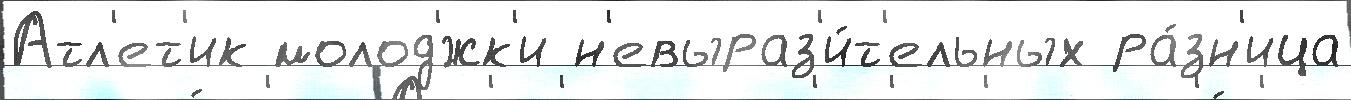
Атл'ет'ик молод'́жк'и н'евыраз'и́т'ельных ра́зн'ица